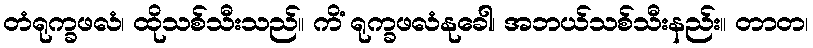
တံရုက္ခဖလံ၊ ထိုသစ်သီးသည်။ ကိံ ရုက္ခဖလံနုခေါ၊ အဘယ်သစ်သီးနည်း။ တာတ၊